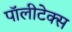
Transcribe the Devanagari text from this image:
पॉलीटेक्स